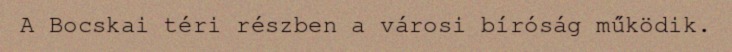
A Bocskai téri részben a városi bíróság működik.